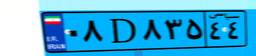
۵۹D۴۲۵۷۶